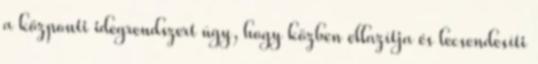
a központi idegrendszert úgy, hogy közben ellazítja és lecsendesíti